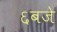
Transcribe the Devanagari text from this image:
६बजे